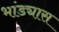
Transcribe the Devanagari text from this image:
भांड्यास